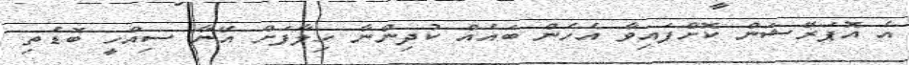
އެ އޮޕަރޭޝަން ކޮށްފައިވާ އެހެން ބައެއް ކުދިންނާ ހިލާފަށް އޭނާ ސިއްހީ ބޮޑެތި